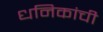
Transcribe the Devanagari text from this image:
धनिकांची